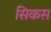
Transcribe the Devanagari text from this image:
सिकस